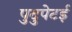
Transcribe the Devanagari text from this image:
पुदुपेटई